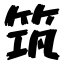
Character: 筑